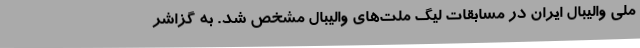
ملی والیبال ایران در مسابقات لیگ ملت‌های والیبال مشخص شد. به گزاشر